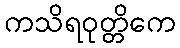
ကသိရဝုတ္တိကေ